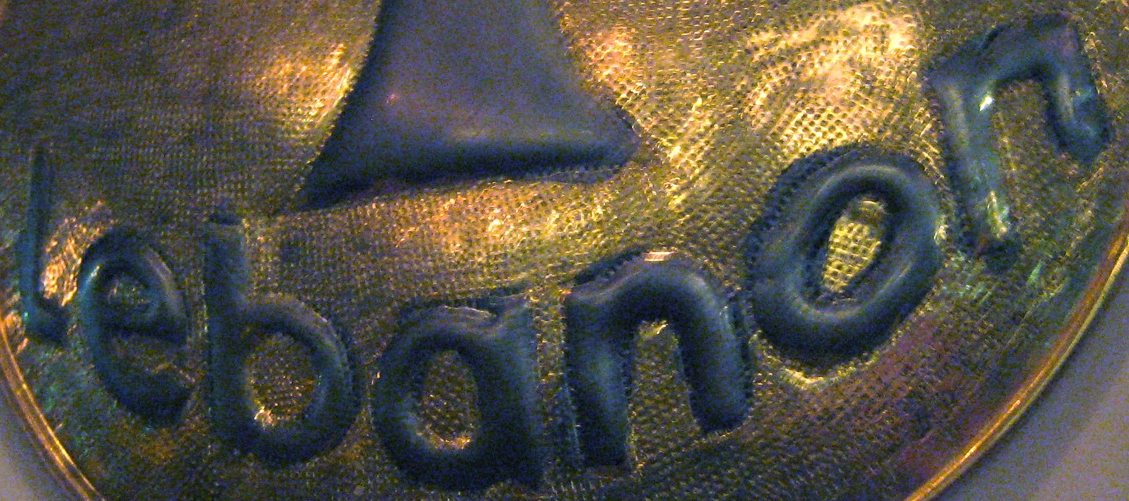
lebanon